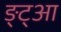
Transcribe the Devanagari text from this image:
ङ्ट्आ